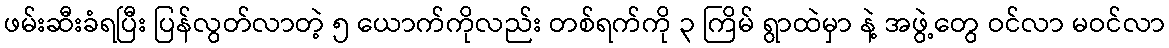
ဖမ်းဆီးခံရပြီး ပြန်လွတ်လာတဲ့ ၅ ယောက်ကိုလည်း တစ်ရက်ကို ၃ ကြိမ် ရွာထဲမှာ နဲ့ အဖွဲ့တွေ ဝင်လာ မဝင်လာ